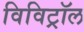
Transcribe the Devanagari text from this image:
विविट्रॉल